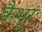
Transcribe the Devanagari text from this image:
कैभूर